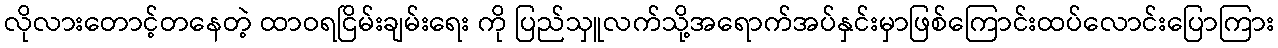
လိုလားတောင့်တနေတဲ့ ထာဝရငြိမ်းချမ်းရေး ကို ပြည်သှူလက်သို့အရောက်အပ်နှင်းမှာဖြစ်ကြောင်းထပ်လောင်းပြောကြား